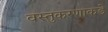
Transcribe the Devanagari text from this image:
वस्तुकरणाकडे